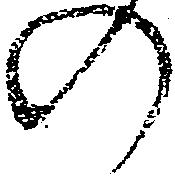
の